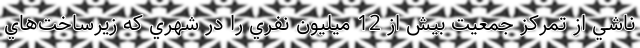
ناشي از تمركز جمعيت بيش از 12 ميليون نفري را در شهري كه زيرساخت‌هاي